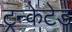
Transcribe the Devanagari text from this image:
ट्रन्केटेड